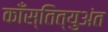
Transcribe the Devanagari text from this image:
काँस्तित्युअंत